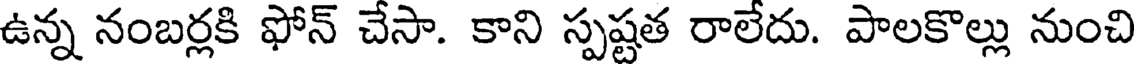
ఉన్న నంబర్లకి ఫోన్ చేసా. కాని స్పష్టత రాలేదు. పాలకొల్లు నుంచి